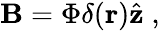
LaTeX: {\mathbf B}=\Phi\delta({\mathbf r}){\hat{{\mathbf z}}\; ,}